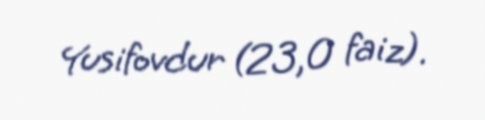
Yusifovdur (23,0 faiz).